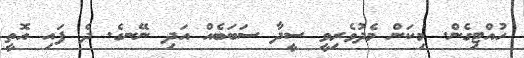
ހުއްޓިގެން. މިކަން މެދުވެރިވީ ސީދާ ސަބަބެއް އަދި ނޭނގެ. ދެ ފައި އޮތީ